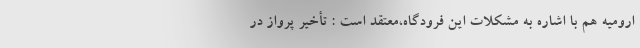
ارومیه هم با اشاره به مشکلات این فرودگاه،معتقد است : تأخیر پرواز در